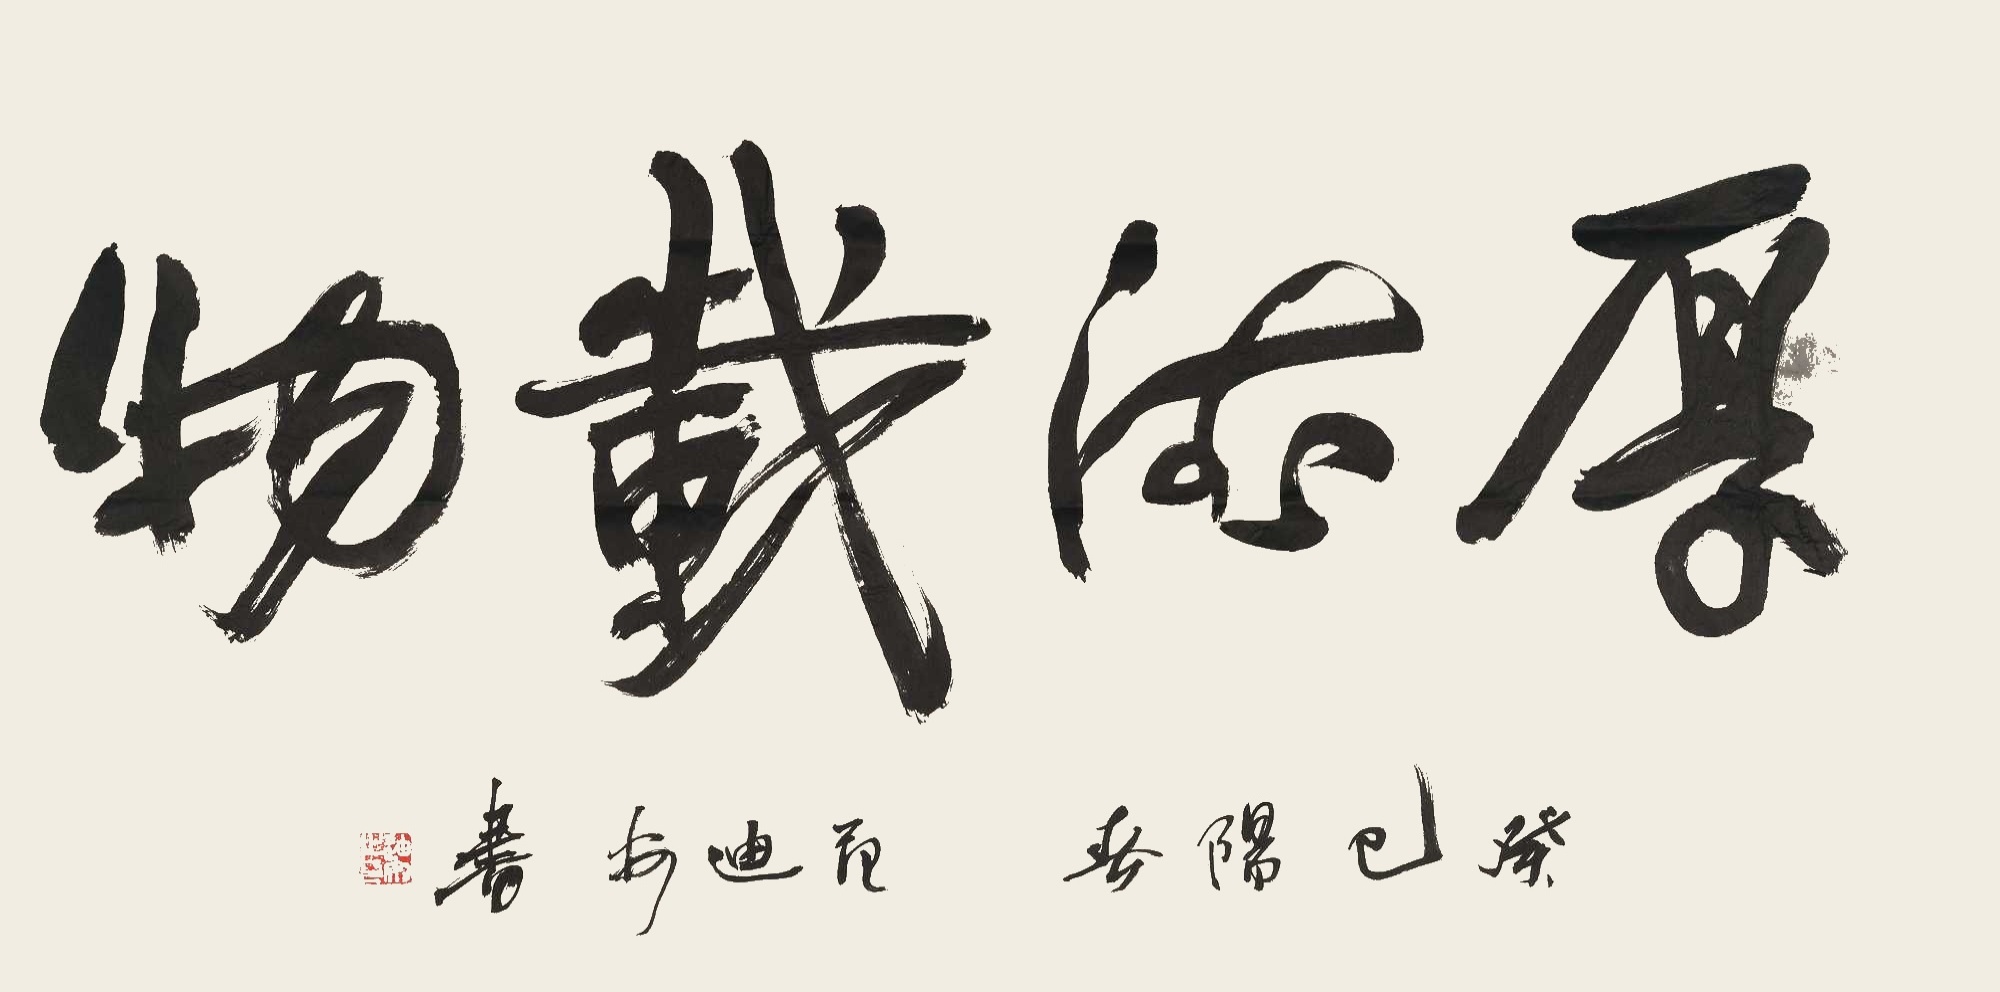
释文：厚德载物癸巳阳春，范迪安书。